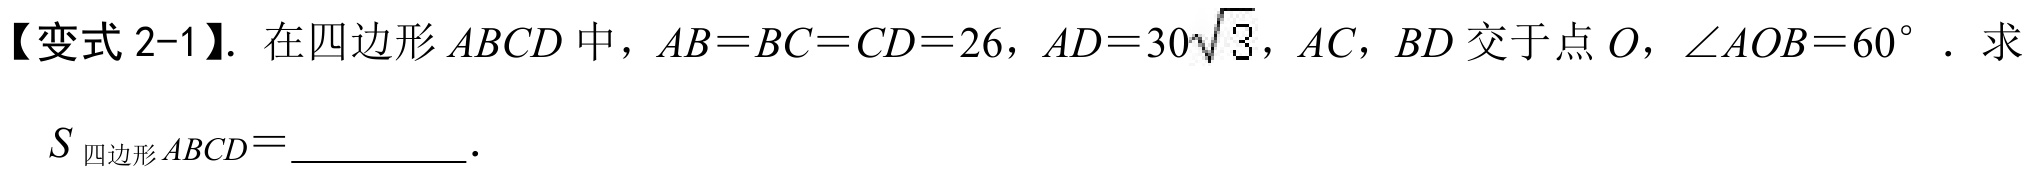
【变式 2-1】. 在四边形 \(ABCD\) 中，\(AB = BC = CD = 26\)，\(AD = 30\sqrt{3}\)，\(AC\)，\(BD\) 交于点 \(O\)，\(\angle AOB = 60^{\circ}\) . 求
\(S_{四边形ABCD}=\underline{\quad\quad}\).